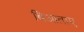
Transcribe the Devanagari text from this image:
बिआताए